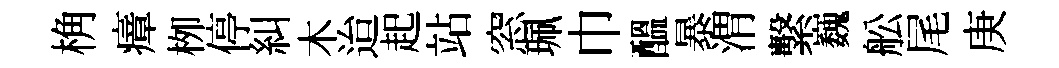
桷瘴栁停糾木迨起站窓珮巾醖暴渭繫巍舩尾庚